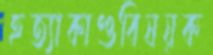
হত্যাকাণ্ডবিষয়ক